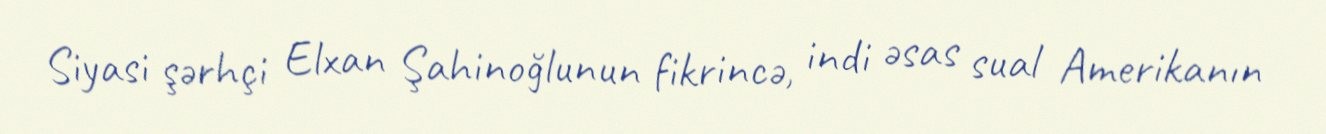
Siyasi şərhçi Elxan Şahinoğlunun fikrincə, indi əsas sual Amerikanın